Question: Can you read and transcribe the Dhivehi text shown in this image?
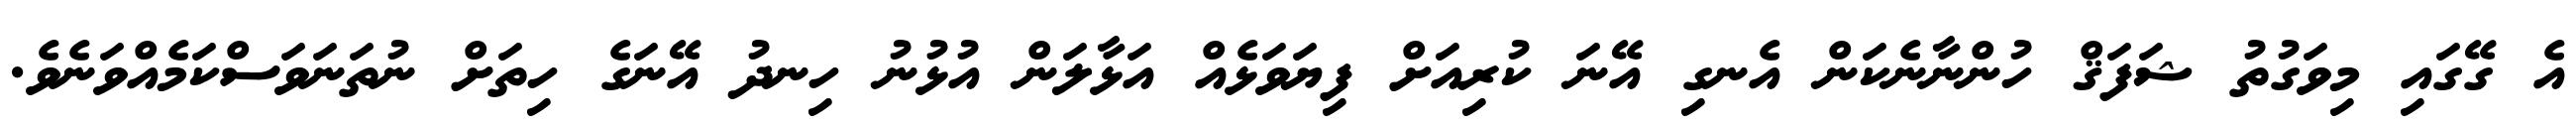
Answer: އެ ގޭގައި މިވަގުތު ޝަފަޤް ހުންނާނެކަން އެނގި އޭނަ ކުރިއަށް ފިޔަވަޅެއް އަޅާލަން އުޅުނު ހިނދު އޭނަގެ ހިތަށް ނުތަނަވަސްކަމެއްވަނެވެ.